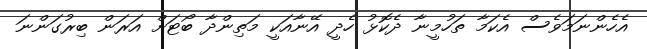
އެހެންނަމަވެސް އެކަމާ ތަހުމީނާ ދެކޮޅު ހެދީ އޭނާއަކީ މަތިންދާ ބޯޓަށް އަރަން ބިރުގަންނަ